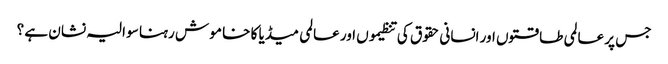
جس پر عالمی طا قتوں اور انسانی حقوق کی تنظیموں اور عالمی میڈیا کا خا مو ش رہنا سو الیہ نشان ہے ؟